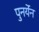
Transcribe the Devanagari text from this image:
पुनर्येन